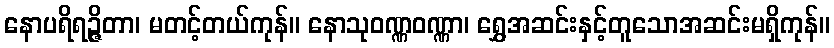
နောပရိရဉ္ဇိတာ၊ မတင့်တယ်ကုန်။ နောသုဝဏ္ဏဝဏ္ဏာ၊ ရွှေအဆင်းနှင့်တူသောအဆင်းမရှိကုန်။